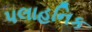
પલાહનિક